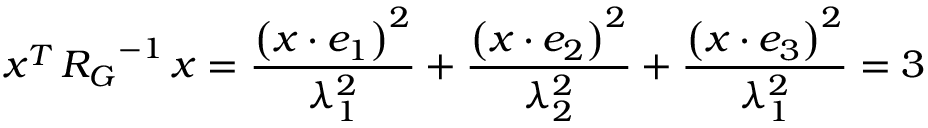
\boldsymbol { x } ^ { T } \, \boldsymbol { R _ { G } } ^ { - 1 } \, \boldsymbol { x } = \frac { \left( \boldsymbol { x } \cdot \boldsymbol { e _ { 1 } } \right) ^ { 2 } } { \lambda _ { 1 } ^ { 2 } } + \frac { \left( \boldsymbol { x } \cdot \boldsymbol { e _ { 2 } } \right) ^ { 2 } } { \lambda _ { 2 } ^ { 2 } } + \frac { \left( \boldsymbol { x } \cdot \boldsymbol { e _ { 3 } } \right) ^ { 2 } } { \lambda _ { 1 } ^ { 2 } } = 3